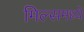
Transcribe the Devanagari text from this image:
मिल्समध्ये